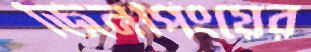
জিনপিংয়ের